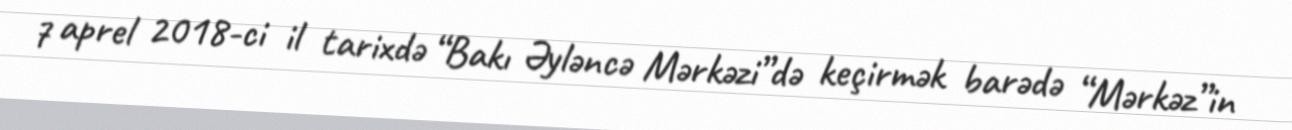
7 aprel 2018-ci il tarixdə “Bakı Əyləncə Mərkəzi”də keçirmək barədə “Mərkəz”in